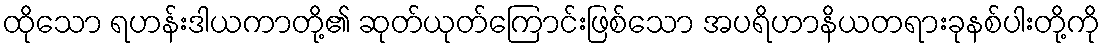
ထိုသော ရဟန်းဒါယကာတို့၏ ဆုတ်ယုတ်ကြောင်းဖြစ်သော အပရိဟာနိယတရားခုနစ်ပါးတို့ကို